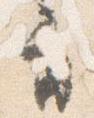
音